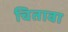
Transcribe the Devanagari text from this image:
चितावा